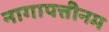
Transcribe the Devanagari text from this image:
नागापत्तीनम